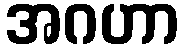
အဂဟာ